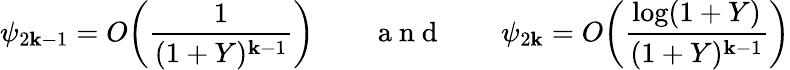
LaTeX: \psi_{2\mathbf{k}-1}=O\bigg(\frac{{1}}{{(1+Y)^{\mathbf{k}-1}}}\bigg)\qquad\mathrm{{~a~n~d~}}\qquad\psi_{2\mathbf{k}}=O\bigg(\frac{{\log(1+Y)}}{{(1+Y)^{\mathbf{k}-1}}}\bigg)